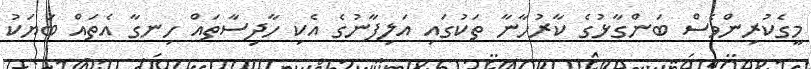
މީގެކުރިންވެސް ބަންގާޅުގެ ކާރުހާނާ ތަކުގައި އަލިފާނުގެ އެކި ހާދިސާތައް ހިނގާ އެތައް ބަޔަކު